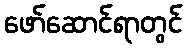
ဖော်ဆောင်ရာတွင်